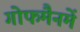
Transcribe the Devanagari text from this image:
गोफमैनमें